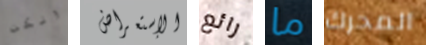
ولكن الإستعراض رائع ما المحرك